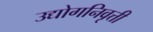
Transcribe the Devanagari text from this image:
उद्योगनिवृत्ती